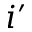
i ^ { \prime }